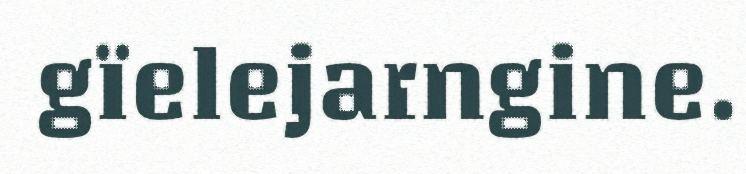
gïelejarngine.